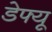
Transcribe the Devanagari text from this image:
डेफ्यू